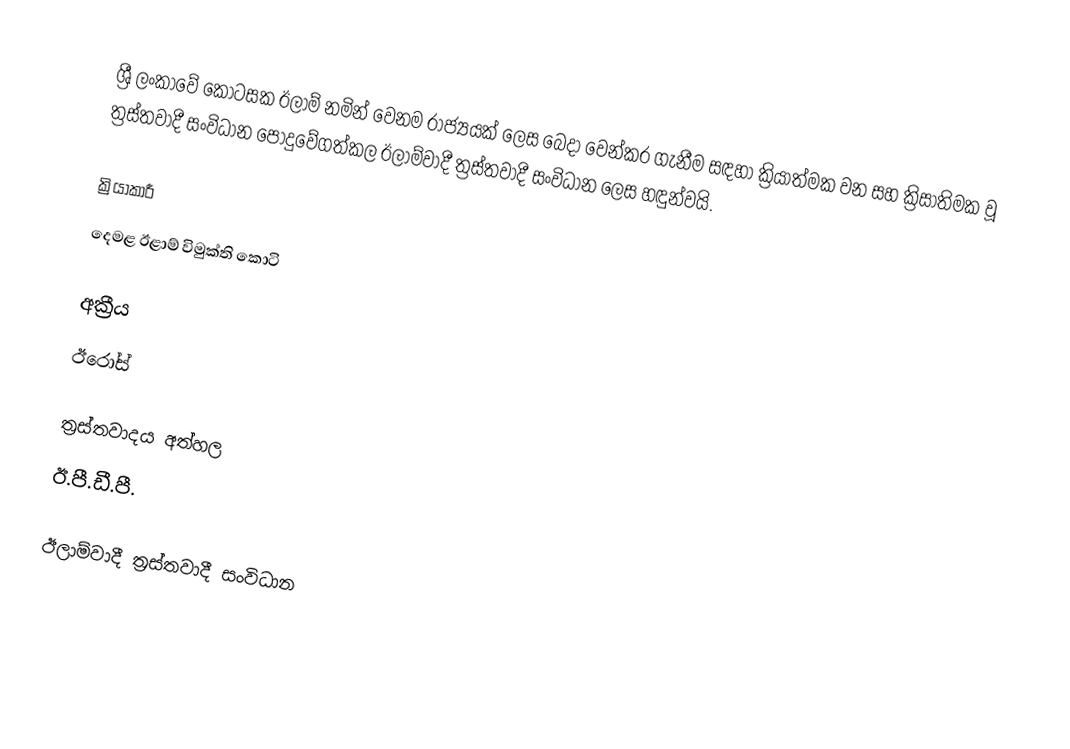
ශ්‍රී ලංකාවේ කොටසක ඊලාම් නමින් වෙනම රාජ්‍යයක් ලෙස බෙදා වෙන්කර ගැනීම සඳහා ක්‍රියාත්මක වන සහ ක්‍රිසාතිමක වූ ත්‍රස්තවාදී සංවිධාන පොදුවේගත්කල  ඊලාම්වාදී ත්‍රස්තවාදී සංවිධාන ලෙස හඳුන්වයි.

ක්‍රියාකාරී
 දෙමළ ඊළාම් විමුක්ති කොටි

අක්‍රීය
 ඊරෝස්

ත්‍රස්තවාදය අත්හල
 ඊ.පී.ඩී.පී.

ඊලාම්වාදී ත්‍රස්තවාදී සංවිධාන